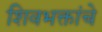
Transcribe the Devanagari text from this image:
शिवभक्तांचे